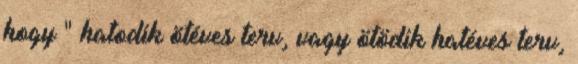
hogy " hatodik ötéves terv, vagy ötödik hatéves terv,